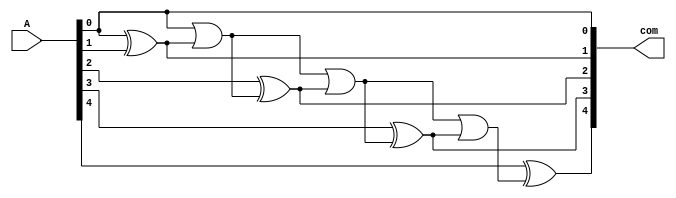
module twos_com #(parameter WIDTH = 5) (A, com);
    input [WIDTH-1:0] A; 
	output [WIDTH-1:0] com;

//		reg [WIDTH-1:0] i;
       
//		always @ (A) begin 
            
//			for (i = 0; A[i] != 1 & i < WIDTH - 1; i = i + 1) begin           
//				com[i] <= A[i];
//			end
//			com[i] <= A[i];

//			for (i = i + 1; i < WIDTH; i = i + 1) begin
//				com[i] <= ~A[i];
//			end
//        end

//		genvar i;
//        reg [WIDTH-1:0] Acopy;
        
//           generate
//            for (i = 0; A[i] != 1 & i < WIDTH - 1; i = i + 1) begin           
//				assign com[i] = A[i];
//			end
//			assign com[i] = A[i];

//			for (i = i + 1; i < WIDTH; i = i + 1) begin
//				assign com[i] = ~A[i];
//			end
//           endgenerate
        
          wire [WIDTH-3:0]mid;

    genvar i;

    assign com[0] = A[0];                      // Set the First Output bit
    assign com[1] = A[0] ^ A[1];              // Set the Second Output bit
    assign mid[0] = A[0] | com[1];             // Set the first mid comparison bit
    
    for ( i=0 ; i<WIDTH-2 ; i=i+1 )             // For-Loop to iterate through the rest of the bits to invert when necessary
        begin
        assign com[i+2] = A[i+2] ^ mid[i];     // Assign Output bits
        assign mid[i+1] = mid[i] | com[i+2];    // Assign intermediate comparison values
        end

        
endmodule